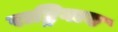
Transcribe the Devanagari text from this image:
राष्ट्रियाय